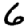
Digit: 6